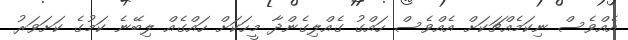
އެއްވެސް ނިކަމެއްޗަކަށް އެއްވެސް ހައްގު ގެއްލިގެންދާ މީހަކަށް ހައްގެއް ލިބޭނެ ކަމުގެ ކަށަވަރު